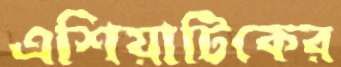
এশিয়াটিকের